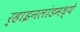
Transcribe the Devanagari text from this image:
र्‍हाइनलांडमध्ये